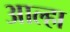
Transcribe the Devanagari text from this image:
आल्‍हा